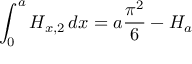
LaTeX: \int _ { 0 } ^ { a } H _ { x , 2 } \, d x = a { \frac { \pi ^ { 2 } } { 6 } } - H _ { a }